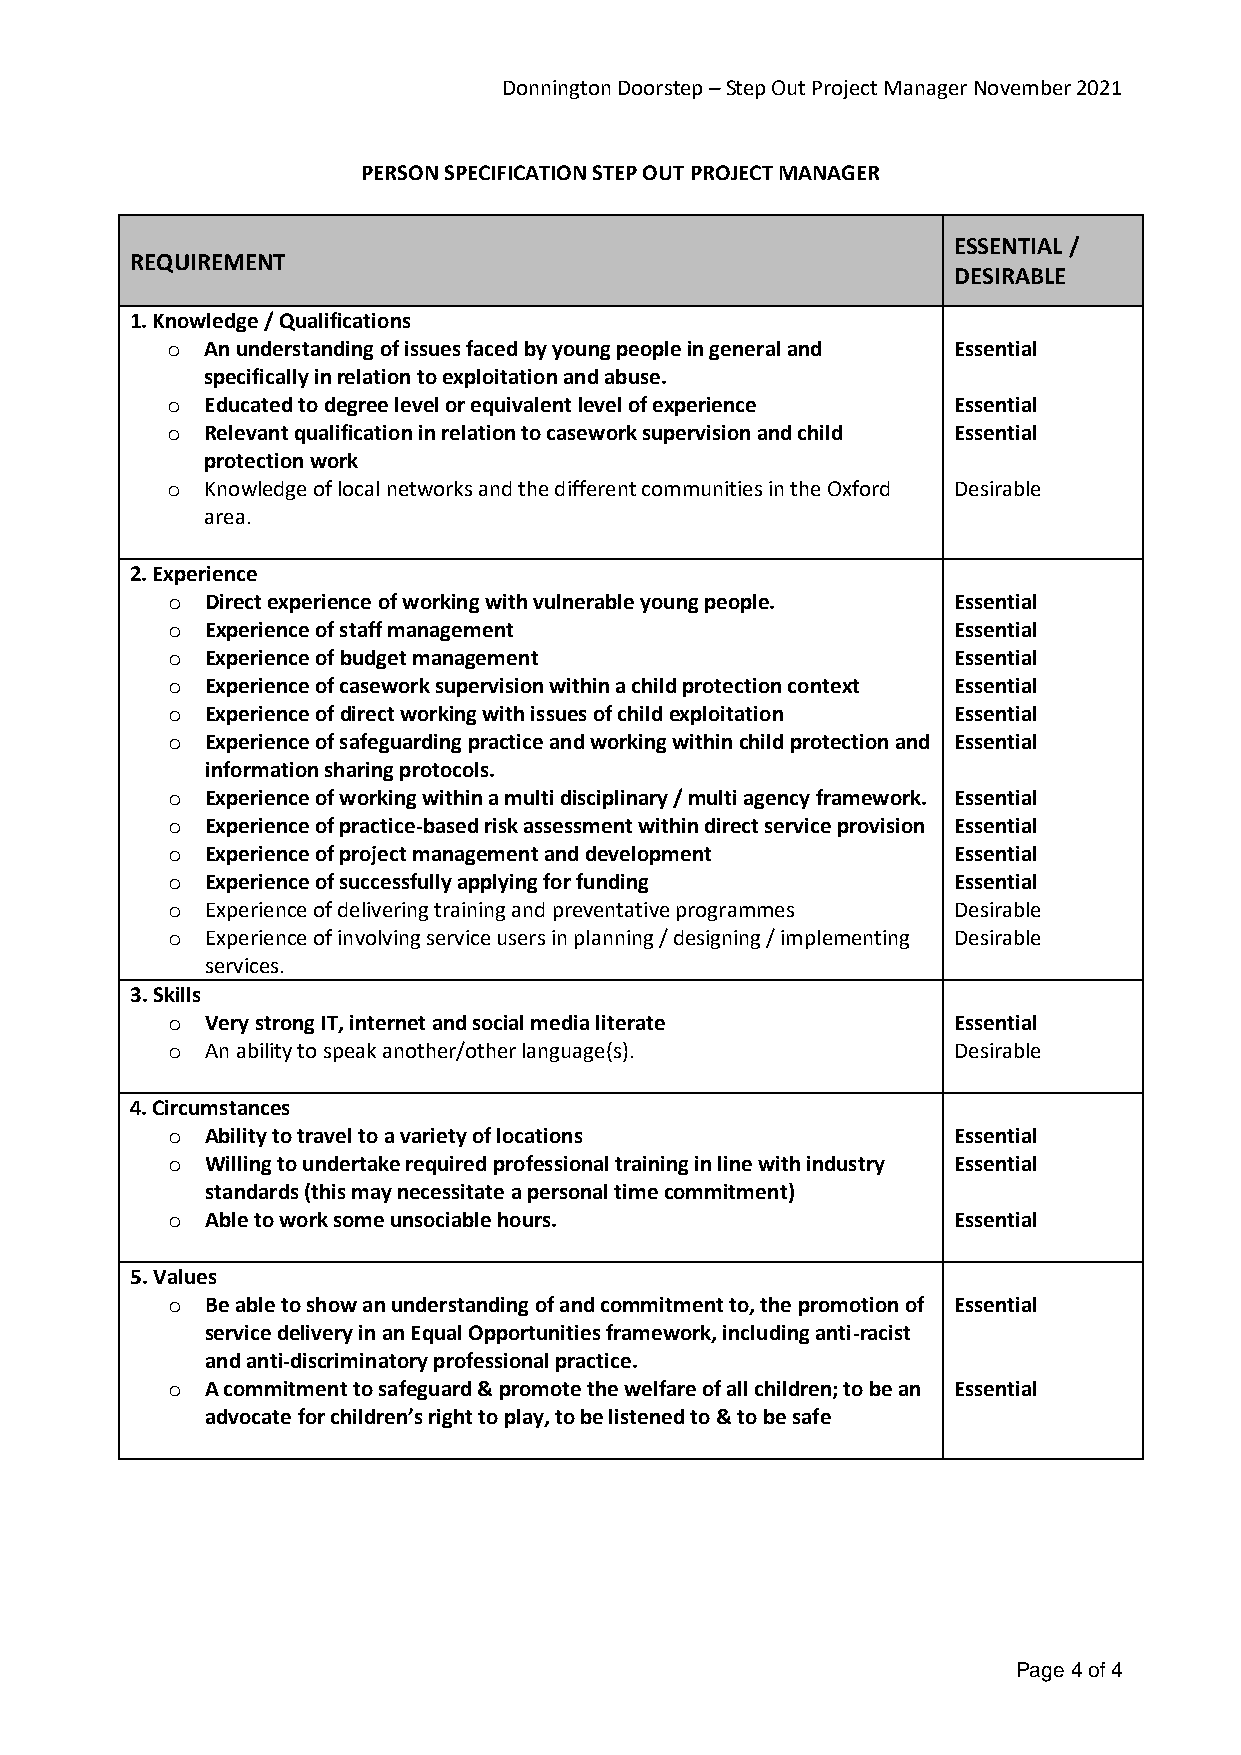
Donnington Doorstep – Step Out Project Manager November 2021
 PERSON SPECIFICATION STEP OUT PROJECT MANAGER
 ESSENTIAL /
 REQUIREMENT
 DESIRABLE
 1. Knowledge / Qualifications
 o  An understanding of issues faced by young people in general and Essential
 specifically in relation to exploitation and abuse.
 o  Educated to degree level or equivalent level of experience Essential
 o  Relevant qualification in relation to casework supervision and child Essential
 protection work
 o  Knowledge of local networks and the different communities in the Oxford Desirable
 area.
 2. Experience
 o  Direct experience of working with vulnerable young people. Essential
 o  Experience of staff management                   Essential
 o  Experience of budget management                  Essential
 o  Experience of casework supervision within a child protection context Essential
 o  Experience of direct working with issues of child exploitation Essential
 o  Experience of safeguarding practice and working within child protection and Essential
 information sharing protocols.
 o  Experience of working within a multi disciplinary / multi agency framework. Essential
 o  Experience of practice-based risk assessment within direct service provision Essential
 o  Experience of project management and development Essential
 o  Experience of successfully applying for funding  Essential
 o  Experience of delivering training and preventative programmes Desirable
 o  Experience of involving service users in planning / designing / implementing Desirable
 services.
 3. Skills
 o  Very strong IT, internet and social media literate Essential
 o  An ability to speak another/other language(s).   Desirable
 4. Circumstances
 o  Ability to travel to a variety of locations      Essential
 o  Willing to undertake required professional training in line with industry Essential
 standards (this may necessitate a personal time commitment)
 o  Able to work some unsociable hours.              Essential
 5. Values
 o  Be able to show an understanding of and commitment to, the promotion of Essential
 service delivery in an Equal Opportunities framework, including anti-racist
 and anti-discriminatory professional practice.
 o  A commitment to safeguard & promote the welfare of all children; to be an Essential
 advocate for children’s right to play, to be listened to & to be safe
 Page 4 of 4